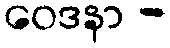
ဝေဒနာ -